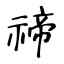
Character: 禘